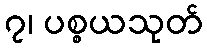
၇၊ ပစ္စယသုတ်